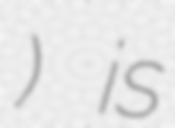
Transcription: Покровка) is